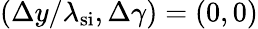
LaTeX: (\Delta y/\lambda_{\mathrm{si}},\Delta\gamma)=(0,0)